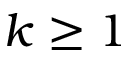
k \geq 1